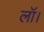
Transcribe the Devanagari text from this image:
लॉ।